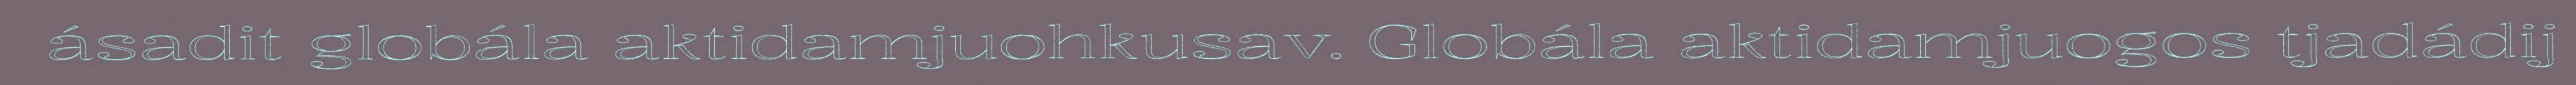
ásadit globála aktidamjuohkusav. Globála aktidamjuogos tjadádij